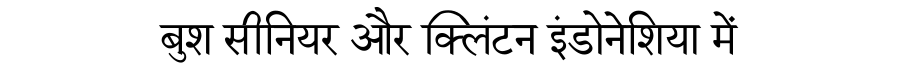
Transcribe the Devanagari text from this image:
बुश सीनियर और क्लिंटन इंडोनेशिया में